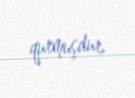
qurmuşdur.